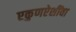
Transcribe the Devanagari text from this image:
एकुणऐशींवा